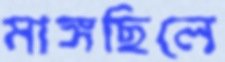
মাঙ্গছিলে